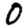
Digit: 0